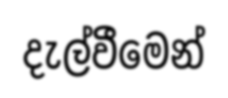
දැල්වීමෙන්